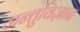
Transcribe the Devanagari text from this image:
जन्तुविज्ञान